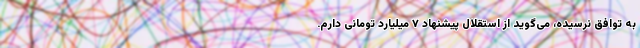
به توافق نرسیده، می‌گوید از استقلال پیشنهاد ۷ میلیارد تومانی دارم.